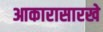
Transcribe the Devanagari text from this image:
आकारासारखे